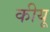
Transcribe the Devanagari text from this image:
कीयू